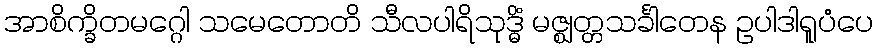
အာစိက္ခိတမဂ္ဂေါ သမေတောတိ သီလပါရိသုဒ္ဓိံ မဇ္ဈတ္တသင်္ခါတေန ဥပါဒါရူပံပေ